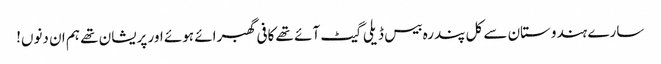
سارے ہندوستان سے کل پندرہ بیس ڈیلی گیٹ آئے تھے کافی گھبرائے ہوئے اور پریشان تھے ہم ان دنوں!